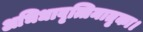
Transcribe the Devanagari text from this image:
अभिधावृत्तिमातृका।